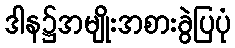
ဒါန၌အမျိုးအစားခွဲပြပုံ